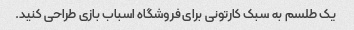
یک طلسم به سبک کارتونی برای فروشگاه اسباب بازی طراحی کنید.